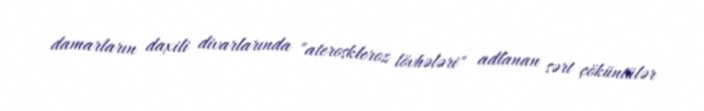
damarların daxili divarlarında "ateroskleroz lövhələri" adlanan sərt çöküntülər